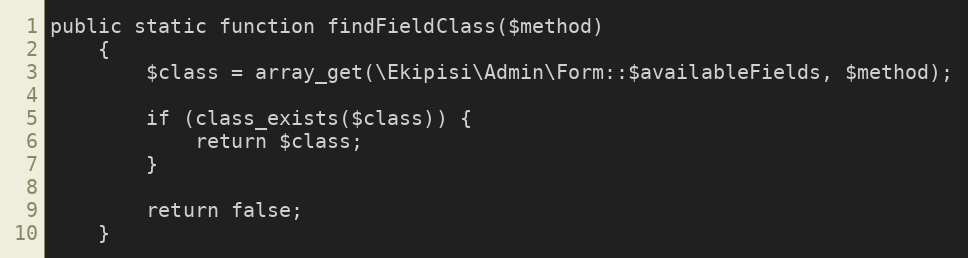
Language: PHP
public static function findFieldClass($method)
    {
        $class = array_get(\Ekipisi\Admin\Form::$availableFields, $method);

        if (class_exists($class)) {
            return $class;
        }

        return false;
    }